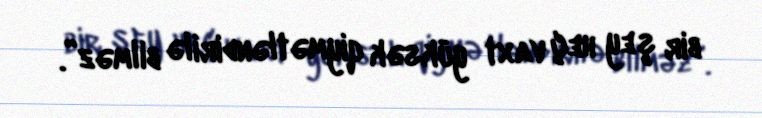
bir şey heç vaxt yüksək qiymətləndirilə bilməz”.